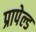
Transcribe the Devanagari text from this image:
प्रापेल्ड